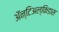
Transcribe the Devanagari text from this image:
अॅन्टिअल्किडास